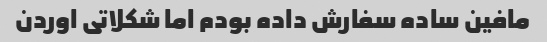
مافین ساده سفارش داده بودم اما شکلاتی اوردن